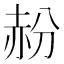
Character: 𬦁